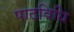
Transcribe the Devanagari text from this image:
पाठविधि